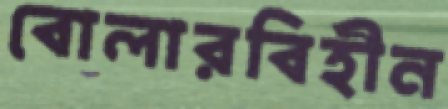
বোলারবিহীন